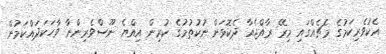
އެކުވެރިކަމުގެ މެޗެއްގައި މިރޭ ރާއްޖެއާ ދެކޮޅަށް ނުކުތުމުގެ ކުރިން އިއްޔެ ނޫސްވެރިންނާ ވާހަކަދައްކަމުން